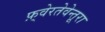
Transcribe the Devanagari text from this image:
फ़्वेरतेवेन्तूरा